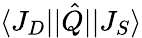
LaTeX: \langle J_{D}\lvert\rvert\hat{Q}\rvert\lvert J_{S}\rangle